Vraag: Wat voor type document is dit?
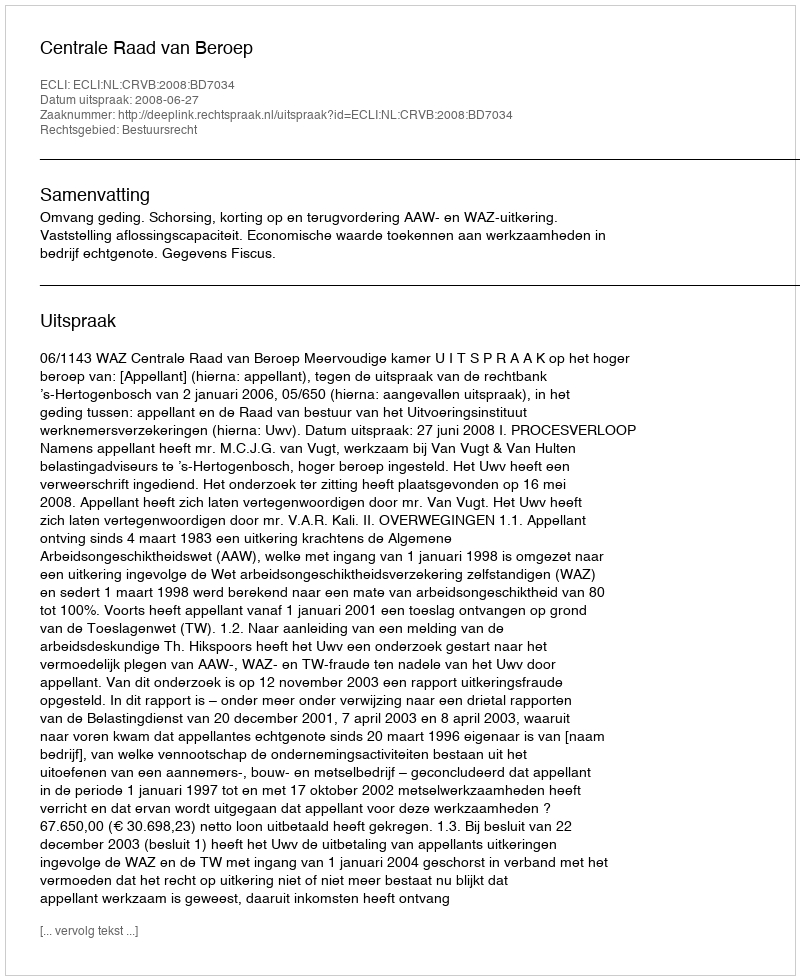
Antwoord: Uitspraak